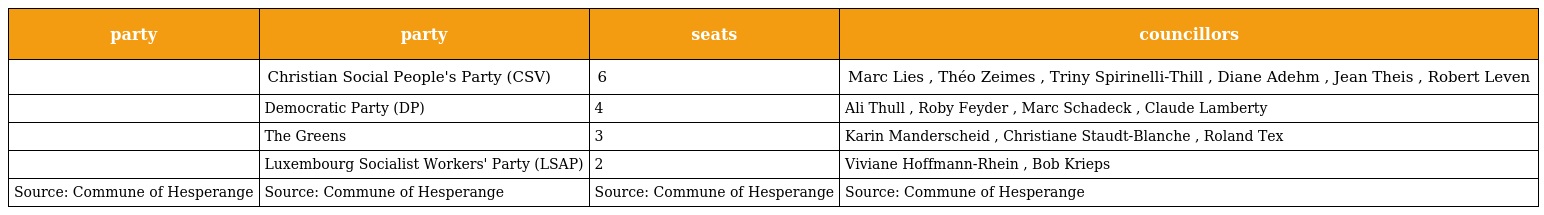
| party | party | seats | councillors |
 | --- | --- | --- | --- |
 |  | Christian Social People's Party (CSV) | 6 | Marc Lies , Théo Zeimes , Triny Spirinelli-Thill , Diane Adehm , Jean Theis , Robert Leven |
 |  | Democratic Party (DP) | 4 | Ali Thull , Roby Feyder , Marc Schadeck , Claude Lamberty |
 |  | The Greens | 3 | Karin Manderscheid , Christiane Staudt-Blanche , Roland Tex |
 |  | Luxembourg Socialist Workers' Party (LSAP) | 2 | Viviane Hoffmann-Rhein , Bob Krieps |
 | Source: Commune of Hesperange | Source: Commune of Hesperange | Source: Commune of Hesperange | Source: Commune of Hesperange |